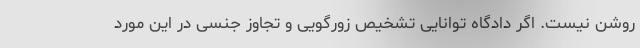
روشن نیست. اگر دادگاه توانایی تشخیص زورگویی و تجاوز جنسی در این مورد